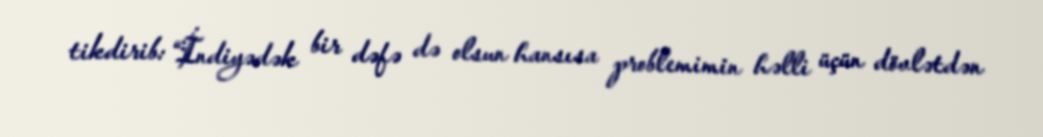
tikdirib: “İndiyədək bir dəfə də olsun hansısa problemimin həlli üçün dövlətdən